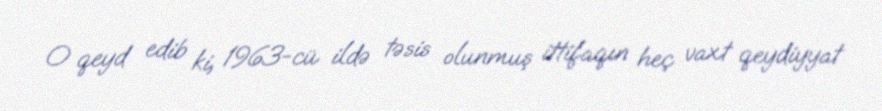
O qeyd edib ki, 1963-cü ildə təsis olunmuş ittifaqın heç vaxt qeydiyyat